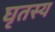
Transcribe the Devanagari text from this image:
घृतस्य